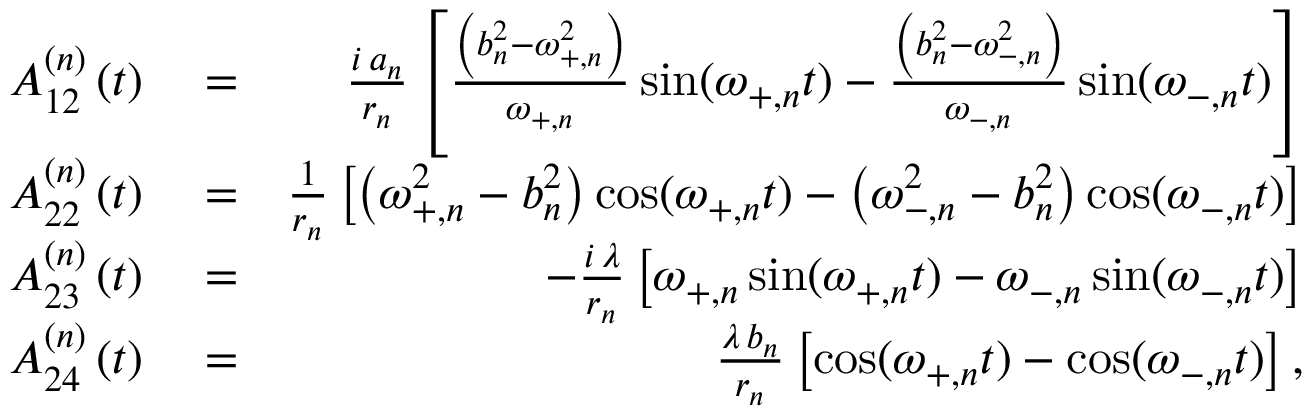
\begin{array} { r l r } { A _ { 1 2 } ^ { \left( n \right) } \left( t \right) } & { { } = } & { \frac { i \, a _ { n } } { r _ { n } } \left[ \frac { \left( b _ { n } ^ { 2 } - \omega _ { + , n } ^ { 2 } \right) } { \omega _ { + , n } } \sin ( \omega _ { + , n } t ) - \frac { \left( b _ { n } ^ { 2 } - \omega _ { - , n } ^ { 2 } \right) } { \omega _ { - , n } } \sin ( \omega _ { - , n } t ) \right] } \\ { A _ { 2 2 } ^ { \left( n \right) } \left( t \right) } & { { } = } & { \frac { 1 } { r _ { n } } \left[ \left( \omega _ { + , n } ^ { 2 } - b _ { n } ^ { 2 } \right) \cos ( \omega _ { + , n } t ) - \left( \omega _ { - , n } ^ { 2 } - b _ { n } ^ { 2 } \right) \cos ( \omega _ { - , n } t ) \right] } \\ { A _ { 2 3 } ^ { \left( n \right) } \left( t \right) } & { { } = } & { - \frac { i \, \lambda } { r _ { n } } \left[ \omega _ { + , n } \sin ( \omega _ { + , n } t ) - \omega _ { - , n } \sin ( \omega _ { - , n } t ) \right] } \\ { A _ { 2 4 } ^ { \left( n \right) } \left( t \right) } & { { } = } & { \frac { \lambda \, b _ { n } } { r _ { n } } \left[ \cos ( \omega _ { + , n } t ) - \cos ( \omega _ { - , n } t ) \right] , } \end{array}